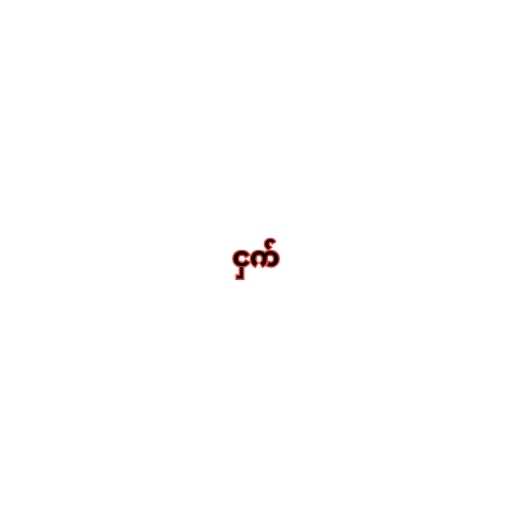
ငှက်